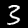
Label: 3